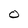
Character: O